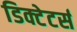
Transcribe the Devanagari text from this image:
डिक्टेटर्स